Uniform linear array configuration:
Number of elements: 16
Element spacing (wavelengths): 0.25
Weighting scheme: kaiser
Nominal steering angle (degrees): -15
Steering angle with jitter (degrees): -14.005
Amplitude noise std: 0.05
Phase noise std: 0.05

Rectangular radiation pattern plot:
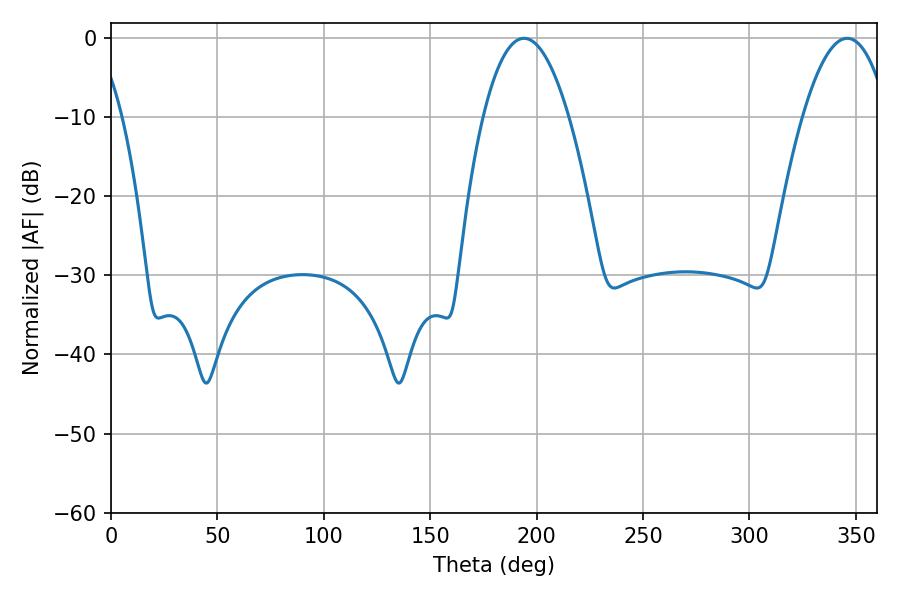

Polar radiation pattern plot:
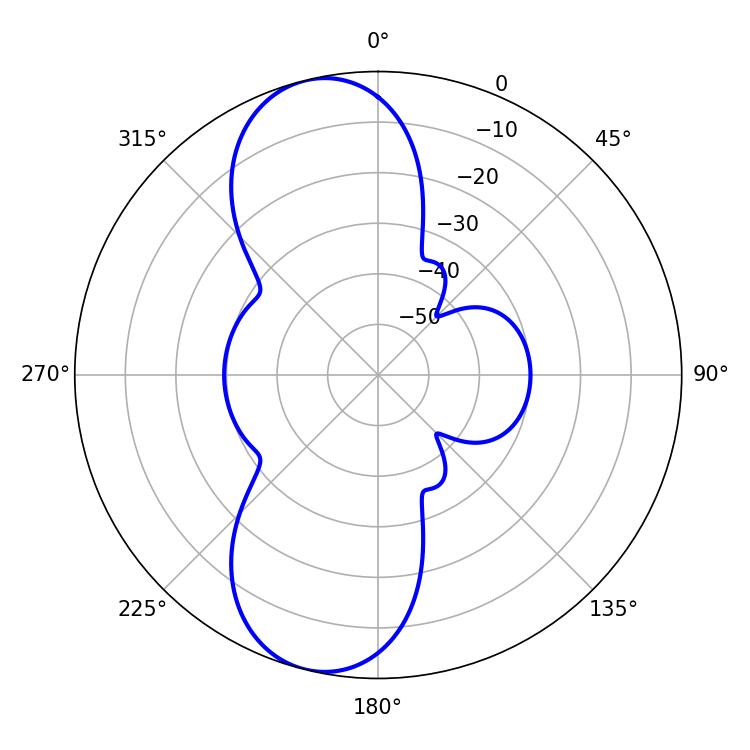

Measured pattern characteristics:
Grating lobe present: FALSE
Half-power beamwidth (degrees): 22.14
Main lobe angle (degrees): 194.04